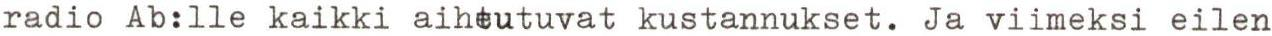
radio Ab:lle kaikki aiheutuvat kustannukset. Ja viimeksi eilen